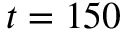
t = 1 5 0